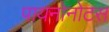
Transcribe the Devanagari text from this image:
पायनोनोटस